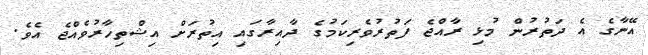
އޭނާގެ އެ ދަތުރުން މުޅި ރާއްޖެ ފަތުރުވެރިކަމުގެ ދާއިރާގައި އިތުރަށް އިޝްތިހާރުވެއްޖެ އެވެ.